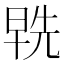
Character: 𭦞